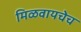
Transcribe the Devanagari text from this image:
मिळवायचेच